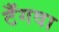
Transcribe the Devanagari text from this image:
टँगवा